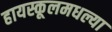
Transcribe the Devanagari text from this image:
हायस्कूलमधल्या